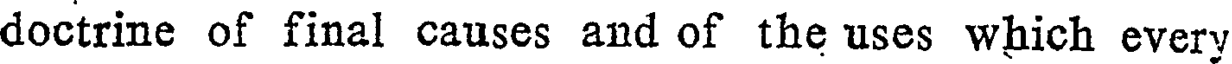
doctrine of final causes and of the uses which every